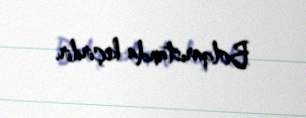
Bolqarıstanda keçirilir.